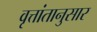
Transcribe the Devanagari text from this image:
वृत्तांतानुसार